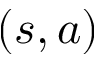
( s , a )